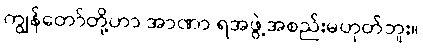
ကျွန်တော်တို့ဟာ အာဏာ ရအဖွဲ့အစည်းမဟုတ်ဘူး။